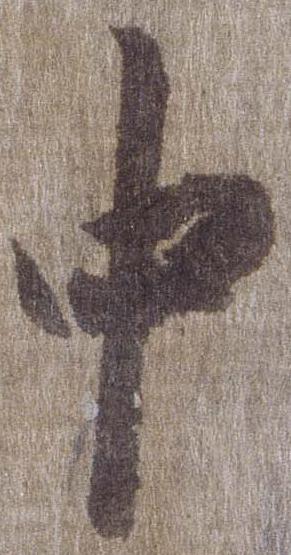
中